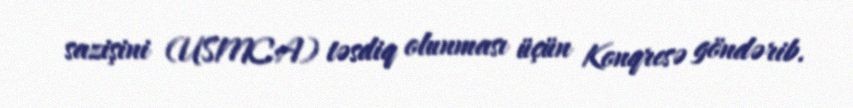
sazişini (USMCA) təsdiq olunması üçün Konqresə göndərib.